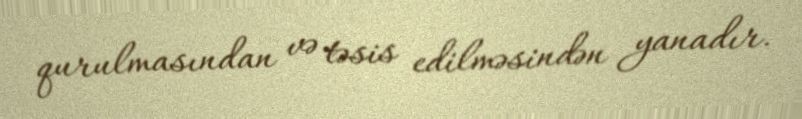
qurulmasından və təsis edilməsindən yanadır.